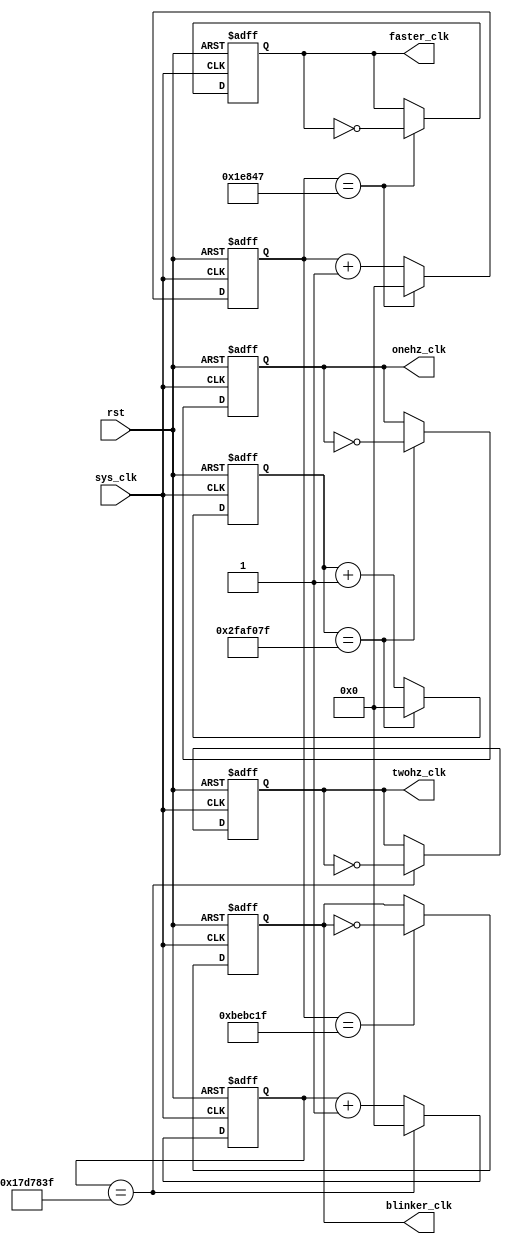
`timescale 1ns / 1ps
//////////////////////////////////////////////////////////////////////////////////
// Company: 
// Engineer: 
// 
// Design Name: 
// Module Name:    clocks 
// Project Name: 
// Target Devices: 
// Tool versions: 
// Description: 
//
// Dependencies: 
//
// Revision: 
// Revision 0.01 - File Created
// Additional Comments: 
//
//////////////////////////////////////////////////////////////////////////////////
`define ONEHZ 50000000
`define TWOHZ 25000000
`define FASTHZ 125000
`define BLINKHZ 12500000

module clocks(
		input wire sys_clk,
		input wire rst,
		output wire onehz_clk,
		output wire twohz_clk,
		output wire faster_clk,
		output wire blinker_clk
	);
	reg onehz_clk_temp;
	reg twohz_clk_temp;
	reg faster_clk_temp;
	reg blinker_clk_temp;
	
	reg [31:0] onehz_clk_cnt;
	reg [31:0] twohz_clk_cnt;
	reg [31:0] faster_clk_cnt;
	reg [31:0] blinker_clk_cnt;
	
	//for 1hz
	always @ (posedge sys_clk or posedge rst) begin
		if (rst == 1'b1) begin
			onehz_clk_cnt <= 32'b0;
			onehz_clk_temp <= 1'b0;
		end
		else if (onehz_clk_cnt == `ONEHZ - 1) begin
			onehz_clk_cnt <= 32'b0;
			onehz_clk_temp <= ~onehz_clk;
		end
		else begin
			onehz_clk_cnt <= onehz_clk_cnt + 1;
			onehz_clk_temp <= onehz_clk;
		end
	end
	
	//for 2hz
	always @ (posedge sys_clk or posedge rst) begin
		if (rst == 1'b1) begin
			twohz_clk_cnt <= 32'b0;
			twohz_clk_temp <= 1'b0;
		end
		else if (twohz_clk_cnt == `TWOHZ - 1) begin
			twohz_clk_cnt <= 32'b0;
			twohz_clk_temp <= ~twohz_clk;
		end
		else begin
			twohz_clk_cnt <= twohz_clk_cnt + 1;
			twohz_clk_temp <= twohz_clk;
		end
	end
	
	//for fast
	always @ (posedge sys_clk or posedge rst) begin
		if (rst == 1'b1) begin
			faster_clk_cnt <= 32'b0;
			faster_clk_temp <= 1'b0;
		end
		else if (faster_clk_cnt == `FASTHZ - 1) begin
			faster_clk_cnt <= 32'b0;
			faster_clk_temp <= ~faster_clk;
		end
		else begin
			faster_clk_cnt <= faster_clk_cnt + 1;
			faster_clk_temp <= faster_clk;
		end
	end
	
	//for blink
	always @ (posedge sys_clk or posedge rst) begin
		if (rst == 1'b1) begin
			blinker_clk_cnt <= 32'b0;
			blinker_clk_temp <= 1'b0;
		end
		else if (faster_clk_cnt == `BLINKHZ - 1) begin
			blinker_clk_cnt <= 32'b0;
			blinker_clk_temp <= ~blinker_clk;
		end
		else begin
			blinker_clk_cnt <= blinker_clk_cnt + 1;
			blinker_clk_temp <= blinker_clk;
		end
	end
	
	assign onehz_clk = onehz_clk_temp;
	assign twohz_clk = twohz_clk_temp;
	assign faster_clk = faster_clk_temp;
	assign blinker_clk = blinker_clk_temp;
endmodule